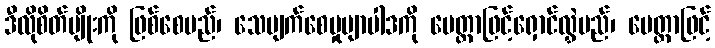
ဒီလိုစိတ်မျိုးကို ဖြစ်စေမည်၊ သေပျက်စေမှုဗျာပါဒကို မေတ္တာဖြင့်ရှောင်လွှဲမည်၊ မေတ္တာဖြင့်